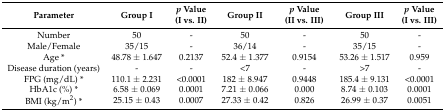
| Parameter | Group I | p Value (I vs. II) | Group II | p Value (II vs. III) | Group III | p Value (I vs. III) |
 | --- | --- | --- | --- | --- | --- | --- |
 | Number | 50 | - | 50 | - | 50 | - |
 | Male/Female | 35/15 | - | 36/14 | - | 35/15 | - |
 | Age* | 48.78 ± 1.647 | 0.2137 | 52.4 ± 1.377 | 0.9154 | 53.26 ± 1.517 | 0.959 |
 | Disease duration (years) | - | - | <7 | - | >7 | - |
 | FPG (mg/dL)* | 110.1 ± 2.231 | <0.0001 | 182 ± 8.947 | 0.9448 | 185.4 ± 9.131 | <0.0001 |
 | HbA1c (%)* | 6.58 ± 0.069 | 0.0001 | 7.21 ± 0.066 | 0.000 | 8.74 ± 0.103 | 0.0001 |
 | BMI (kg/m2)* | 25.15 ± 0.43 | 0.0007 | 27.33 ± 0.42 | 0.826 | 26.99 ± 0.37 | 0.0051 |